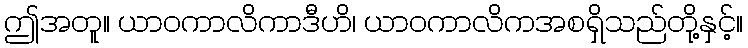
ဤအတူ။ ယာဝကာလိကာဒီဟိ၊ ယာဝကာလိကအစရှိသည်တို့နှင့်။